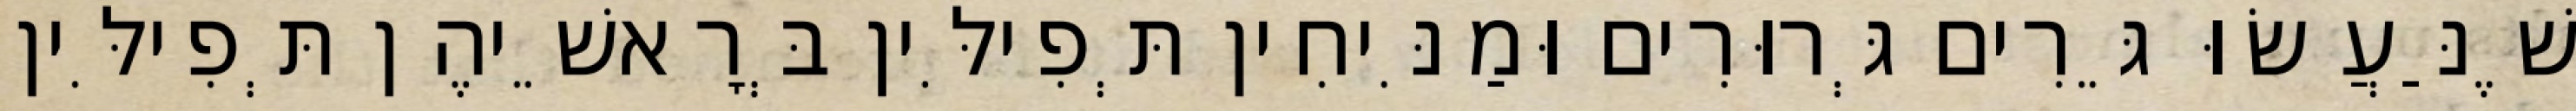
שֶׁנַּעֲשׂוּ גֵּרִים גְּרוּרִים וּמַנִּיחִין תְּפִילִּין בְּרָאשֵׁיהֶן תְּפִילִּין